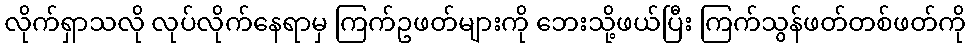
လိုက်ရှာသလို လုပ်လိုက်နေရာမှ ကြက်ဥဖတ်များကို ဘေးသို့ဖယ်ပြီး ကြက်သွန်ဖတ်တစ်ဖတ်ကို